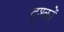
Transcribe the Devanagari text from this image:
द्श्कों